Problem: 3 × 8 = ?
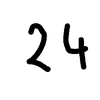
Handwritten answer: 24